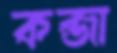
কব্জা